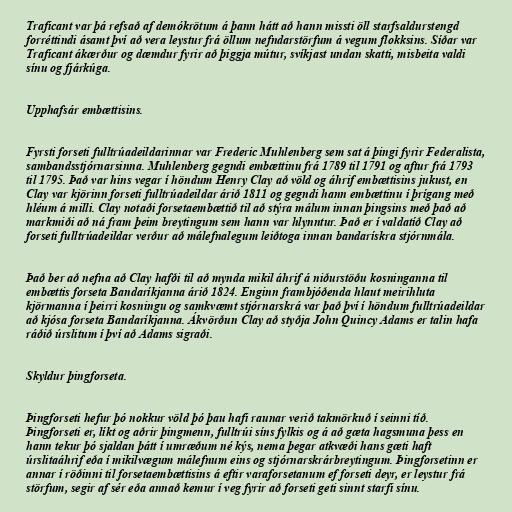
Traficant var þá refsað af demókrötum á þann hátt að hann missti öll starfsaldurstengd
forréttindi ásamt því að vera leystur frá öllum nefndarstörfum á vegum flokksins. Síðar var
Traficant ákærður og dæmdur fyrir að þiggja mútur, svíkjast undan skatti, misbeita valdi
sínu og fjárkúga.

Upphafsár embættisins.

Fyrsti forseti fulltrúadeildarinnar var Frederic Muhlenberg sem sat á þingi fyrir Federalista,
sambandsstjórnarsinna. Muhlenberg gegndi embættinu frá 1789 til 1791 og aftur frá 1793
til 1795. Það var hins vegar í höndum Henry Clay að völd og áhrif embættisins jukust, en
Clay var kjörinn forseti fulltrúadeildar árið 1811 og gegndi hann embættinu í þrígang með
hléum á milli. Clay notaði forsetaembættið til að stýra málum innan þingsins með það að
markmiði að ná fram þeim breytingum sem hann var hlynntur. Það er í valdatíð Clay að
forseti fulltrúadeildar verður að málefnalegum leiðtoga innan bandarískra stjórnmála.

Það ber að nefna að Clay hafði til að mynda mikil áhrif á niðurstöðu kosninganna til
embættis forseta Bandaríkjanna árið 1824. Enginn frambjóðenda hlaut meirihluta
kjörmanna í þeirri kosningu og samkvæmt stjórnarskrá var það því í höndum fulltrúadeildar
að kjósa forseta Bandaríkjanna. Ákvörðun Clay að styðja John Quincy Adams er talin hafa
ráðið úrslitum í því að Adams sigraði.

Skyldur þingforseta.

Þingforseti hefur þó nokkur völd þó þau hafi raunar verið takmörkuð í seinni tíð.
Þingforseti er, líkt og aðrir þingmenn, fulltrúi síns fylkis og á að gæta hagsmuna þess en
hann tekur þó sjaldan þátt í umræðum né kýs, nema þegar atkvæði hans gæti haft
úrslitaáhrif eða í mikilvægum málefnum eins og stjórnarskrárbreytingum. Þingforsetinn er
annar í röðinni til forsetaembættisins á eftir varaforsetanum ef forseti deyr, er leystur frá
störfum, segir af sér eða annað kemur í veg fyrir að forseti geti sinnt starfi sínu.